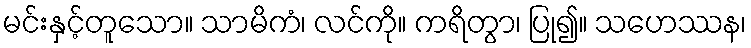
မင်းနှင့်တူသော။ သာမိကံ၊ လင်ကို။ ကရိတွာ၊ ပြု၍။ သဟေဿန၊